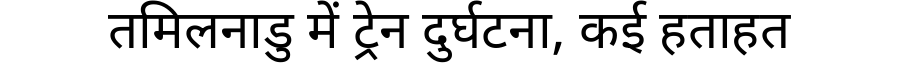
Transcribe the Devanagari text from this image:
तमिलनाडु में ट्रेन दुर्घटना, कई हताहत